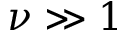
\nu \gg 1